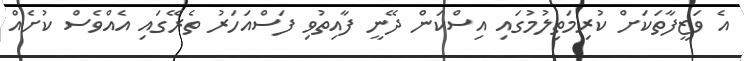
އެ ވަޒީފާތަކަށް ކުރިމަތިލުމުގައި އިސްކަން ދޭނީ ފާއިތުވި ފަސްއަހަރު ތެރޭގައި އެއްވެސް ކުށެއް